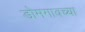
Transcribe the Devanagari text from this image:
डोमगावच्या